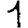
Digit: 1